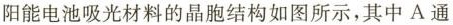
阳能电池吸光材料的晶胞结构如图所示，其中A通